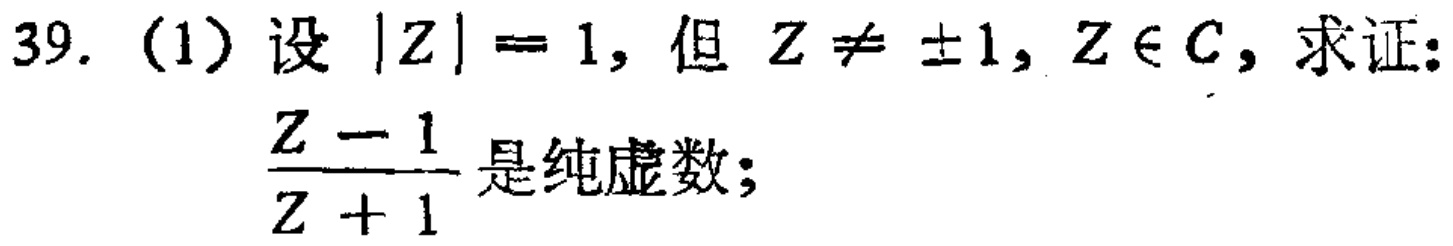
39. (1) 设 \(|Z| = 1\)，但 \(Z\neq\pm1\)，\(Z\in\mathbb{C}\)，求证：\(\frac{Z - 1}{Z + 1}\)是纯虚数；